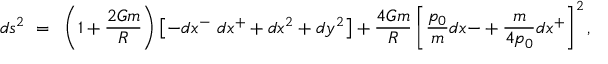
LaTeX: d s ^ { 2 } ~ = ~ \left( 1 + { \frac { 2 G m } { R } } \right) \left[ - d x ^ { - } ~ d x ^ { + } + d x ^ { 2 } + d y ^ { 2 } \right] + { \frac { 4 G m } { R } } \left[ { \frac { p _ { 0 } } { m } } d x { - } + { \frac { m } { 4 p _ { 0 } } } d x ^ { + } \right] ^ { 2 } ,